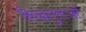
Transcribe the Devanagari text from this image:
सिखगुरूओं